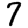
Digit: 7